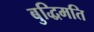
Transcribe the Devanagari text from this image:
बुद्धिमति